Report on lock hospitals in British Burma
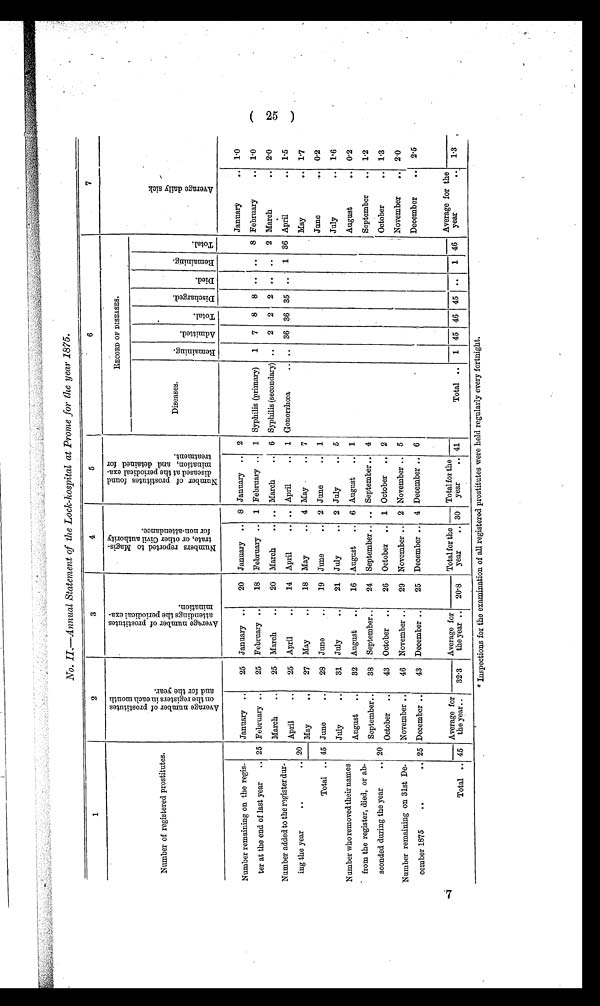
No. II—Annual Statement of the Lock-hospital at Prome for the year 1875.
1
2
3
4
5
6
7
Number of registered prostitutes.
A v e r a g e n u m b e r o f p r o s t i t u t e s o n t h e r e g i s t e r s i n e a c h m o n t h a n d f o r t h e y e a r .
A v e r a g e n u m b e r o f p r o s t i t u t e s a t t e n d i n g t h e p e r i o d i c a l e x a m i n a t i o n .
N u m b e r s r e p o r t e d t o M a g i s t r a t e , o r o t h e r C i v i l a u t h o r i t y f o r n o n - a t t e n d a n c e .
N u m b e r o f p r o s t i t u t e s f o u n d d i s e a s e d a t t h e p e r i o d i c a l e x a m i n a t i o n , a n d d e t a i n e d f o r t r e a t m e n t .
RECORD OF DISEASES.
Diseases.
R e m a i n i n g
A d m i t t e d .
Tot al . D i s c h a r g e d . Di ed.
R e m a i n i n g . T o t a l .
Number remaining on the regis-
ter at the end of last year
.. 25
January ..
25 January ..
20 January .. 8 January .. 2
Syphilis (primary)
1 7 8 8 .. .. 8
January
.. 1.0
( 2 5 )
February
.. 1.0
February ..
25 February ..
18 February .. 1 February .. 1
March
.. 2.0
2 2 .. .. 2
20 March
.. .. March
.. 6 Syphilis (secondary) .. 2
20
45
March
..
25 March
..
Number added to the register dur-
ing the year
..
..
April
.. 1.5
36
1 36
April
..
25 April
..
14 April
.. .. April
.. 1 Gonorrhæa.. ..
3 6
35 ..
May
..
27 May
..
18 May
.. 4 May .
..
,
-
May
.. 1.7
7
Total ..
June
.... 0.2
June
.. ,
28 June
..
19 June
.. .2 June
.. 1
July
.. 1.6
5
July
..
21 July
.. 2 July
..
Number who removed their names
from the register, died, or ab
-
sconded during the year
.. 20
25
July
..
31
0.2
August ..
16 August .. 6 August .. 1
August
..
August ..
32
September
.. 1.2
September ..
September..
24 September ..
September .. 4
38
..
October ..
October
.. 1.3
October ..
43
26 October .. 1 October .. 2
November
.. 2.0
Number remaining on 31st De-
cember 1875
..
..
November ..
November ..
29 November .. 2 November .. 5
46
December
.. 2.5
December ..
43 December ..
25 December .. 4 December .. 6
Average for
the year..
Average for
the year ..
Total for the
year
..
Total for the
year
..
Average for the
year
..
7 T o t a l
. .
20.8
41
Total .. 1 45 46 45 .. 1 46
1.3 .
45
32.3
30
* Inspections for the examination of all registered prostitutes were held regularly every fortnight.